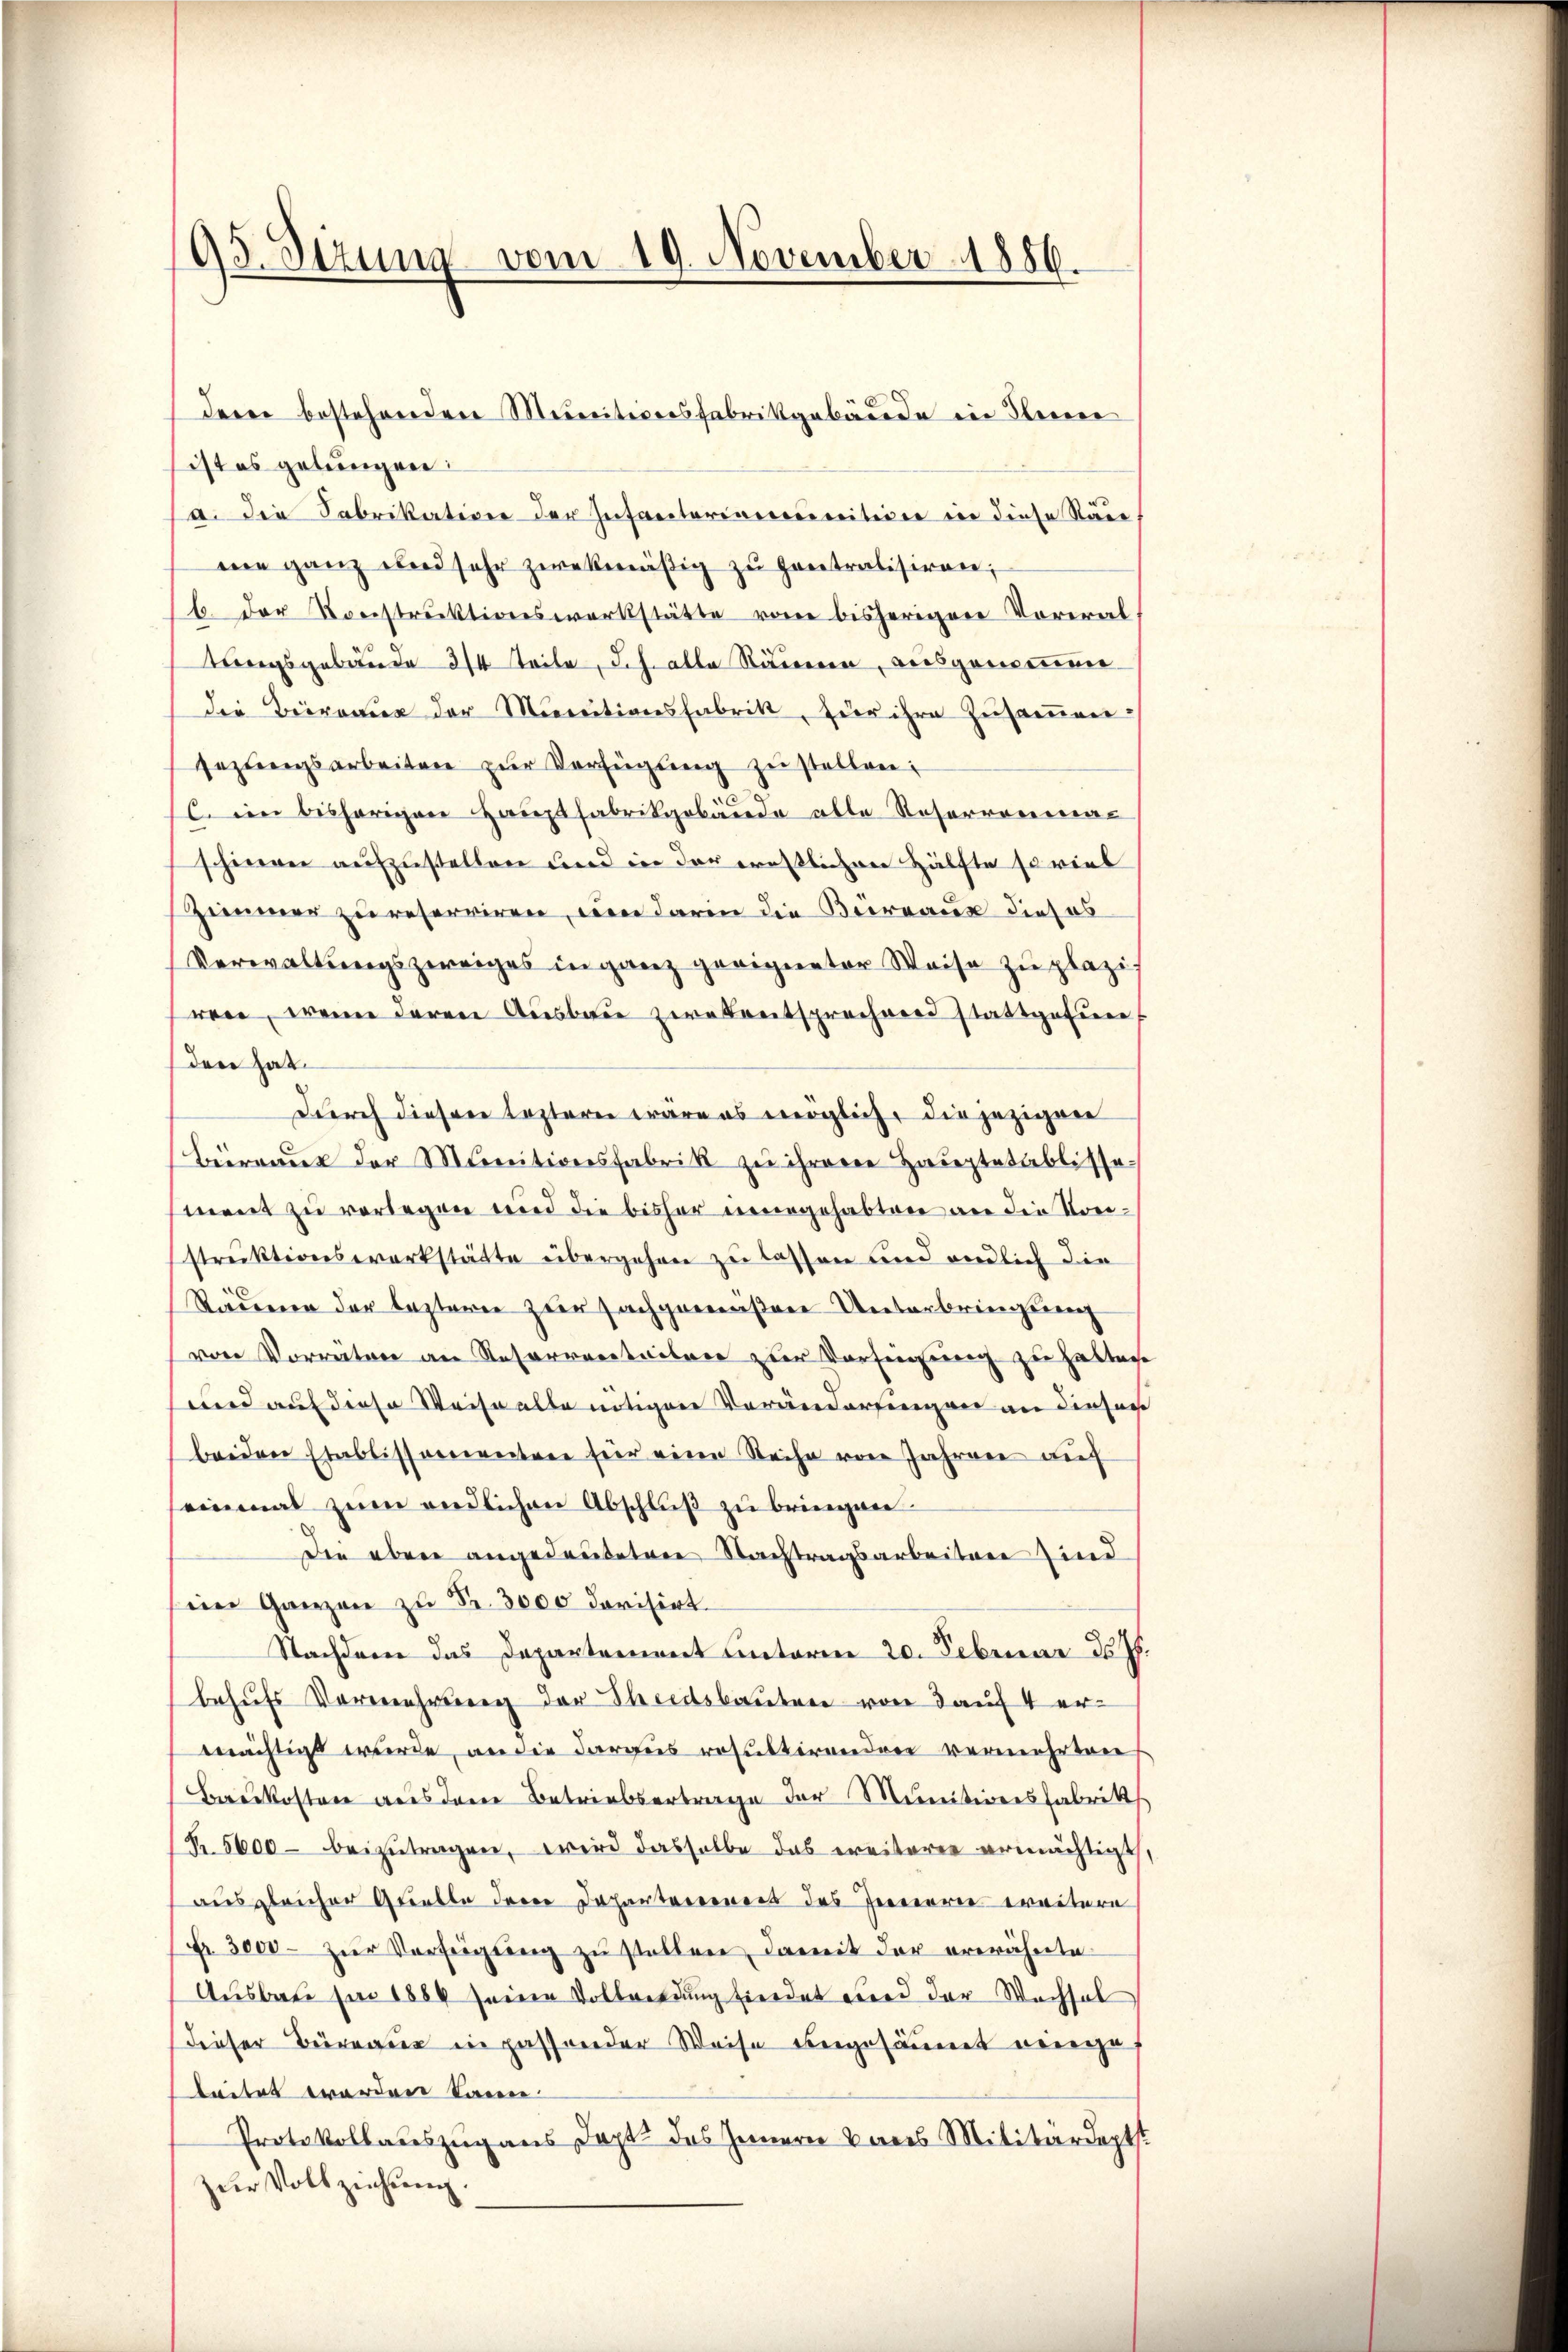
95. Sezung vom 19. November 1886.

ist es gelungen:
a. die Fabrikation der Infantorennunitione in diese Räde
ne ganz und sehr zwekmäßig zu entratisiren;
b. der Konstruktionswerkstätte von bisherigen Voreraltungsgebäude 2/4 Teile, d.h. alle Räumen, ausgenommen
Die Beiratur der Minutionsfabrik, für ihre Zŭsaṁen-
sezungsarbeiten zŭr Verfügŭng zŭ stellen:
C. ein bisherigen Hauptfabrikgebäude alle Reserrenmac
schiner aufzustellen und in der ernstlichen Hälfte so viel
Zimmer zu reserviren, um darin die Büreaux dieses
Verwaltungszweiges in ganz geeigneter Weise zu plazi
ren, wenn deren Ausbau zwekentsprechner stattgefun
den hat
Durch dieser lezteren wärens möglich, die jezigen
Bierraus der Minitionsfabrik zu ihrere Hauptetablissement zu verlegen und die bisher neuegehabten an die Vorstruktionswerkstätte übergehen zu lassen und endlich die
Städernen der lezterer zur Fachgewißene Unterbringung
von Vorräten an Reserrenteilen zur Vorseigung zu halten
und auf diese Weise alle nötigen Veränderungen an dieser
beiden Etablissementen für eine Reihe von Jahren auf
einmal zŭm endlichen Abschlŭβ zŭ bringen
Die aber angedeuteten Nachtragsarbeiten sind
sein Ganzen zu Fr. 3000 dorisirt.
Stachtern das Departement unterm 20. Februar d. Js.
behufs Vermehrung der Theedsbauten von 3 auf 4 erwächtigt wurde, an die darges resultirendrer vermehrten
Berkosten aus dem Betriebertrage der Munitionsfabrik
(R. 5600 beizutragen, wird dasselbe das ereiteren ermächtigt
ausgleicher Quelle derer Dahantereiners des Jennerei weitere
Fr. 3000. zŭr Verfügŭng zŭ stellen, damit der erwähnte
Ausbati per 1884 seine Vollwerdung findet wird der Wachsel
dieser Büreau in passender Weise angesäumt weige
leitet worden Sacere
Protokollauszug aus Dapt. das Innern vores Militärdeptst
zŭr Vollziehung.

deren bestehendere Meereitionsfabrikgebäude in Serene